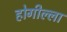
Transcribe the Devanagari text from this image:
होगील्ला